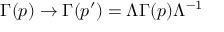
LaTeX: \Gamma ( p ) \rightarrow \Gamma ( p ^ { \prime } ) = \Lambda \Gamma ( p ) \Lambda ^ { - 1 }